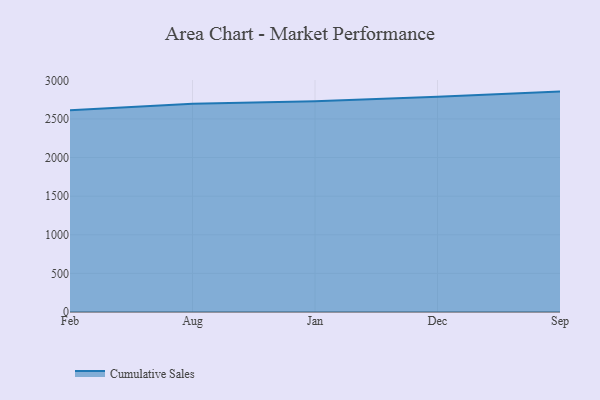
{"axis": {"x": "Month", "y": "Tickets Resolved"}, "legend": ["Cumulative Sales"], "data": [{"x": "Feb", "y": 2612.0, "type": "Cumulative Sales"}, {"x": "Aug", "y": 2697.1, "type": "Cumulative Sales"}, {"x": "Jan", "y": 2729.5, "type": "Cumulative Sales"}, {"x": "Dec", "y": 2785.7, "type": "Cumulative Sales"}, {"x": "Sep", "y": 2854.0, "type": "Cumulative Sales"}]}